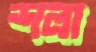
শলা